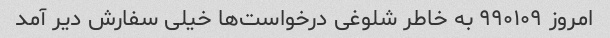
امروز ۹۹۰۱۰۹ به خاطر شلوغی درخواست‌ها خیلی سفارش دیر آمد